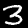
Label: 3